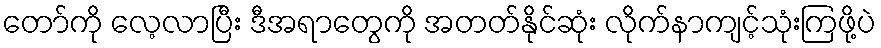
တော်ကို လေ့လာပြီး ဒီအရာတွေကို အတတ်နိုင်ဆုံး လိုက်နာကျင့်သုံးကြဖို့ပဲ